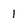
Character: 1